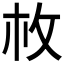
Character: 𢻾